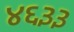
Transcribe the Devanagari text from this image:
४६३३